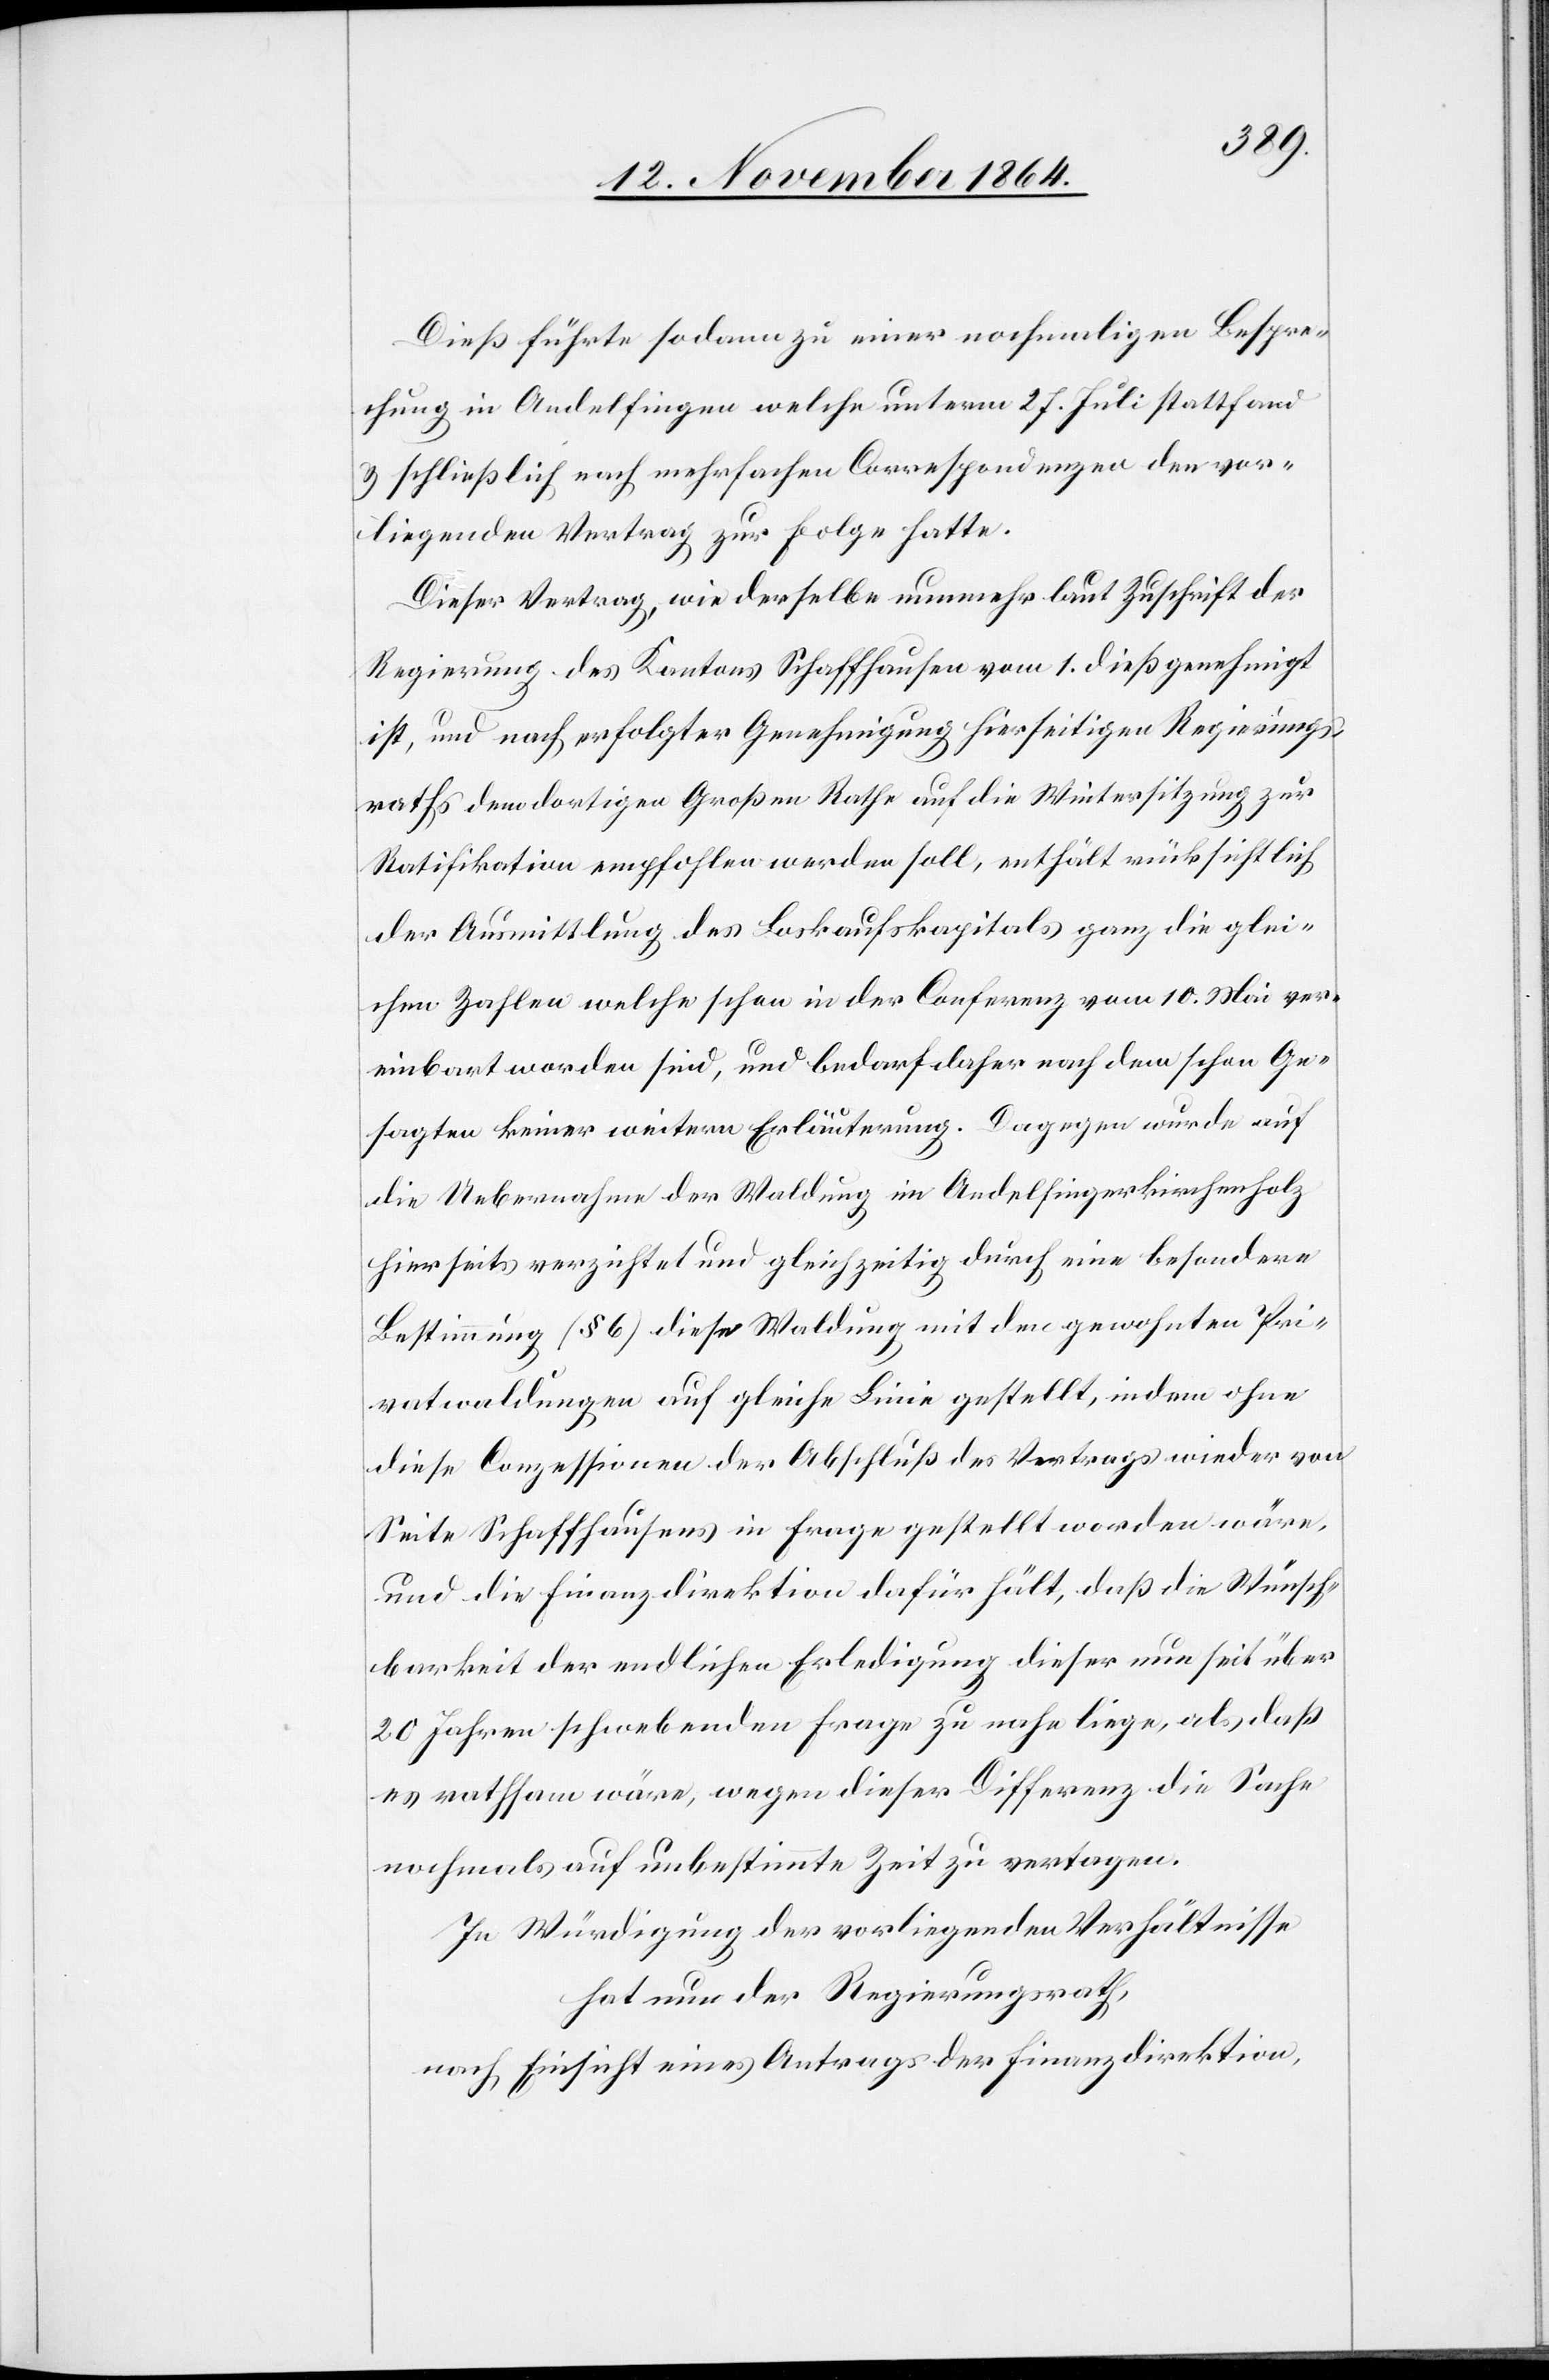
Dieß führte sodann zu einer nochmaligen Bespre¬
chung in Andelfingen welche unterm 27. Juli stattfand
& schließlich nach mehrfachen Correspondenzen den vor¬
liegenden Vertrag zur Folge hatte.
Dieser Vertrag, wie derselbe nunmehr laut Zuschrift der
Regierung des Kantons Schaffhausen vom 1. dieß genehmigt
ist, und nach erfolgter Genehmigung hierseitigen Regierungs¬
raths dem dortigen Großen Rathe auf die Wintersitzung zur
Ratifikation empfohlen werden soll, enthält rücksichtlich
der Ausmittlung des Loskaufskapitals ganz die glei¬
chen Zahlen welche schon in der Conferenz vom 10. Mai ver¬
einbart worden sind, und bedarf daher nach dem schon Ge¬
sagten keiner weitern Erläuterung. Dagegen wurde auf
die Uebernahme der Waldung im Andelfinger Kirchenholz
hierseits verzichtet und gleichzeitig durch eine besondere
Bestimmung (§ 6) diese Waldung mit den gewohnten Pri¬
vatwaldungen auf gleiche Linie gestellt, indem ohne
diese Conzessionen der Abschluß des Vertrags wieder von
Seite Schaffhausens in Frage gestellt worden wäre,
und die Finanzdirektion dafür hält, daß die Wünsch¬
barkeit der endlichen Erledigung dieser nun seit über
20 Jahren schwebenden Frage zu nahe liege, als daß
es rathsam wäre, wegen dieser Differenz die Sache
nochmals auf unbestimmte Zeit zu vertagen.
In Würdigung der vorliegenden Verhältnisse
hat nun der Regierungsrath,
nach Einsicht eines Antrages der Finanzdirektion,